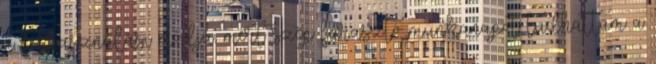
a felhasználási módja, mert szép fárasztó munkanapot tudhattam a